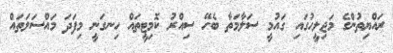
ރައްޔިތުންގެ މަޖިލީހުގައި ގައުމީ ސަލާމަތާ ބެހޭ ސިއްރު ކޮމިޓީތައް ހިނގަނީ މިފަދަ މައްސަލަަތައް